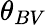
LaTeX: \theta_{BV}